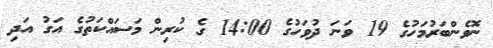
ނޮވެންބަރުމަހުގެ 19 ވަނަ ދުވަހުގެ 14:00 ގެ ކުރިން މަސައްކަތުގެ އަގު އަދި